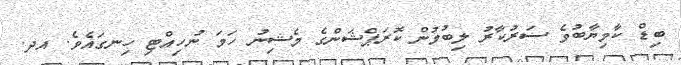
ބިޑް ކާމިޔާބުވެ ސަރުކާރު ލިބުމުން ކޮރަޕްޝަންގެ މެޝިނު ހަމަ ނުހިއްޓި ހިނގައެވެ. އދ.